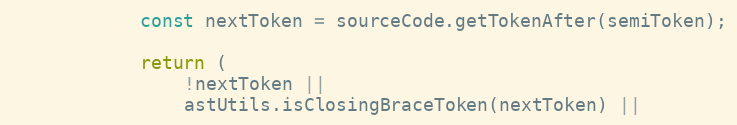
Language: JavaScript
            const nextToken = sourceCode.getTokenAfter(semiToken);

            return (
                !nextToken ||
                astUtils.isClosingBraceToken(nextToken) ||